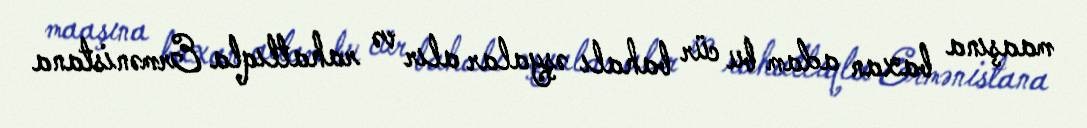
maaşına baxan adam bu cür bahalı əşyalar alır və rahatlıqla Ermənistana